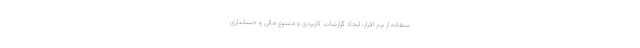
ستفاده ار نرم افزار، ایجاد گزارشات کاربردی و متنوع مالی و حسابداری